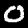
Label: 0